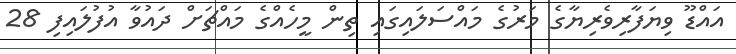
އައްޑޫ ވިޔަފާރިވެރިޔާގެ މަރުގެ މައްސަލައިގައި ތިން މީހެއްގެ މައްޗަށް ދައުވާ އުފުލައިފި 28